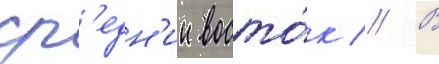
ср'едн'ии восто́к // В